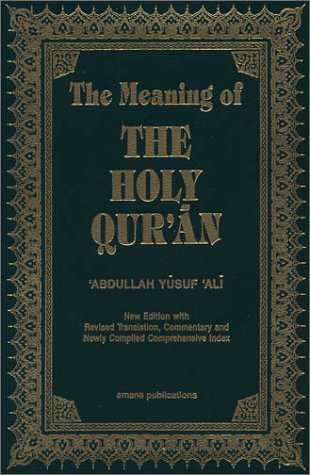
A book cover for The Meaning of the Holy Qur'an (English and Arabic Edition); Abdullah Yusuf Ali; Religion & Spirituality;